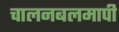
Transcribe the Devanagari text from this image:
चालनबलमापी